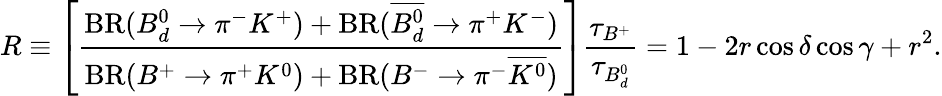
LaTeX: R\equiv\left[\frac{\mathrm{BR}(B_{d}^{0}\to\pi^{-}K^{+})+\mathrm{BR}(\overline{{{B_{d}^{0}}}}\to\pi^{+}K^{-})}{\mathrm{BR}(B^{+}\to\pi^{+}K^{0})+\mathrm{BR}(B^{-}\to\pi^{-}\overline{{{K^{0}}}})}\right]\frac{\tau_{B^{+}}}{\tau_{B_{d}^{0}}}=1-2r\cos\delta\cos\gamma+r^{2}.